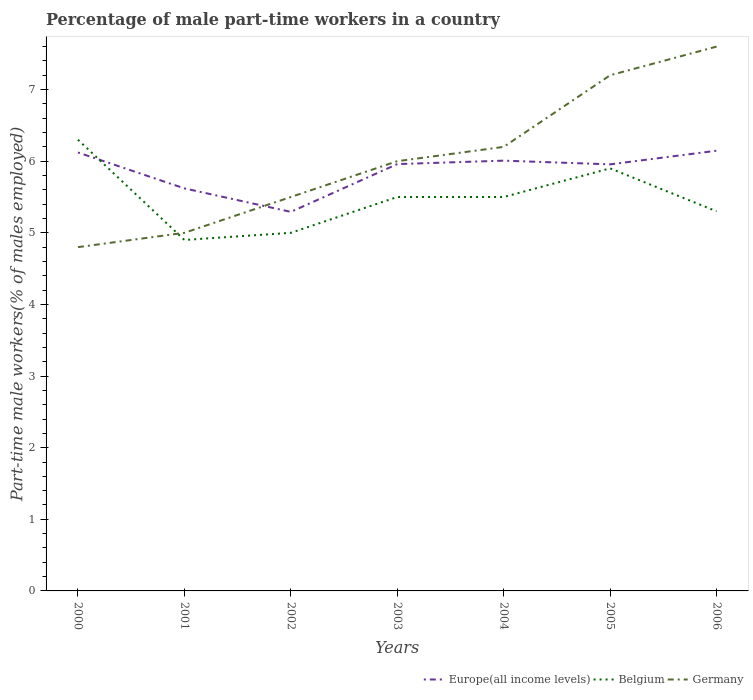
| Years | Europe(all income levels) | Belgium | Germany |
 | --- | --- | --- | --- |
 | 2000 | 6.12 | 6.3 | 4.8 |
 | 2001 | 5.62 | 4.9 | 5 |
 | 2002 | 5.29 | 5 | 5.5 |
 | 2003 | 5.96 | 5.5 | 6 |
 | 2004 | 6.01 | 5.5 | 6.2 |
 | 2005 | 5.96 | 5.9 | 7.2 |
 | 2006 | 6.15 | 5.3 | 7.6 |